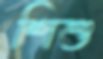
শিশু